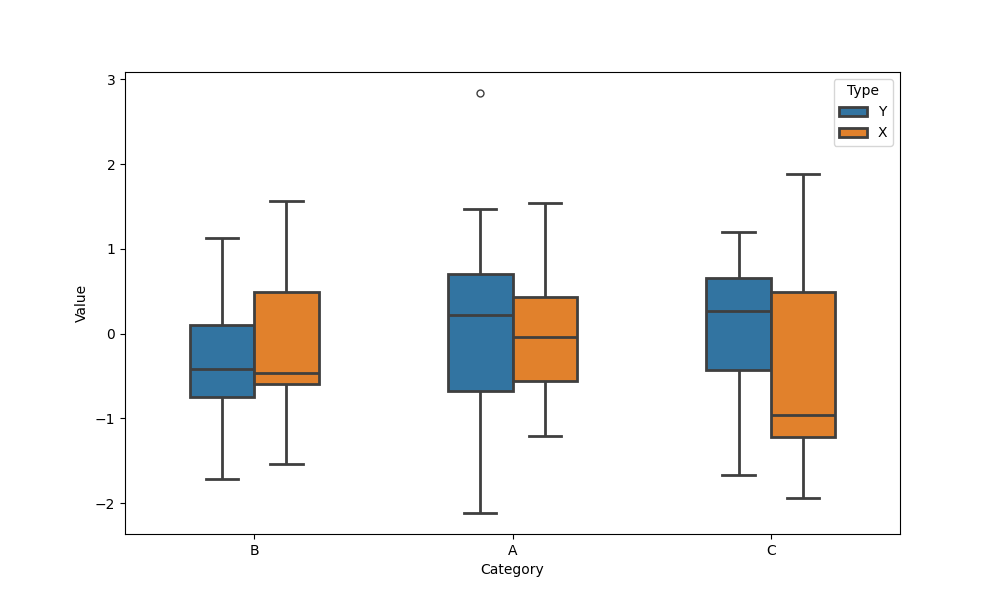
python, seaborn, boxplot, width=0.5, linewidth=2, fliersize=5, notch=False